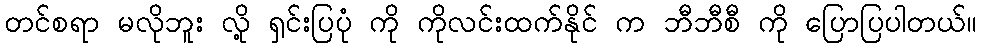
တင်စရာ မလိုဘူး လို့ ရှင်းပြပုံ ကို ကိုလင်းထက်နိုင် က ဘီဘီစီ ကို ပြောပြပါတယ်။